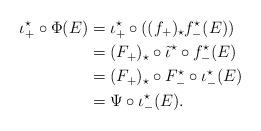
LaTeX: \begin{align*}\iota_{+}^\star\circ\Phi(E)&=\iota_{+}^\star\circ((f_+)_{\star}f_{-}^\star(E))\\&=(F_{+})_{\star}\circ \tilde{\iota}^{\star}\circ f_{-}^\star(E)\\&=(F_{+})_{\star}\circ F_{-}^\star\circ \iota_{-}^\star(E)\\&=\Psi\circ \iota_{-}^\star(E).\end{align*}